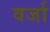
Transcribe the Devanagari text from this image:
वर्जा